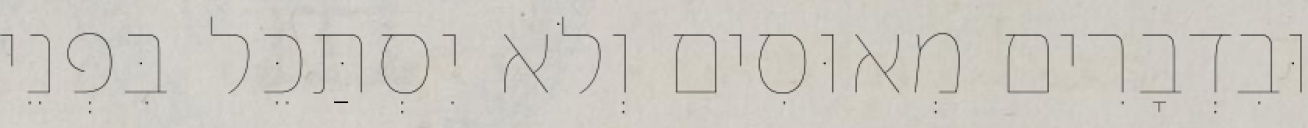
וּבִדְבָרִים מְאוּסִים וְלֹא יִסְתַּכֵּל בִּפְנֵי